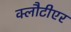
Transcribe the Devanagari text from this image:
क्लौटीएर